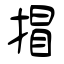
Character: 𢯾